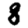
Digit: 8